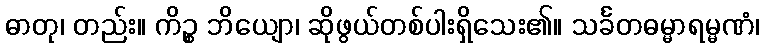
ဓာတု၊ တည်း။ ကိဉ္စ ဘိယျော၊ ဆိုဖွယ်တစ်ပါးရှိသေး၏။ သင်္ခတဓမ္မာရမ္မဏံ၊